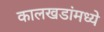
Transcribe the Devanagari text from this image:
कालखडांमध्ये